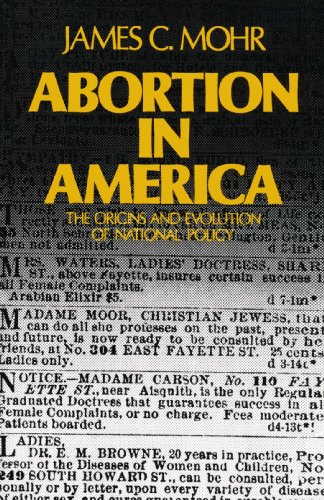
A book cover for Abortion in America: The Origins and Evolution of National Policy (Galaxy Books); James C. Mohr; Politics & Social Sciences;